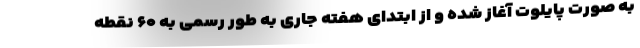
به صورت پایلوت آغاز شده و از ابتدای هفته جاری به طور رسمی به ۶۰ نقطه